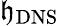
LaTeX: \mathfrak{h}_{\mathrm{{DNS}}}